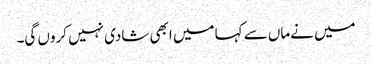
میں نےماں سے کہا میں ابھی شادی نہیں کروں گی۔